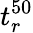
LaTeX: t_{r}^{50}